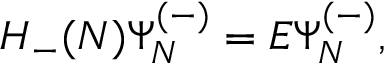
H _ { - } ( { \cal N } ) \Psi _ { N } ^ { ( - ) } = E \Psi _ { N } ^ { ( - ) } ,